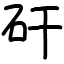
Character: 矸